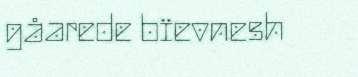
gåarede bïevnesh